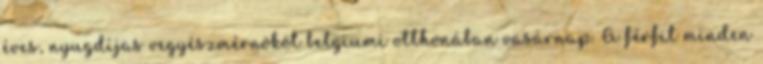
éves, nyugdíjas vegyészmérnököt belgiumi otthonában vasárnap. A férfit minden